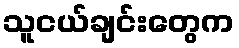
သူငယ်ချင်းတွေက